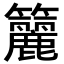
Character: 籭